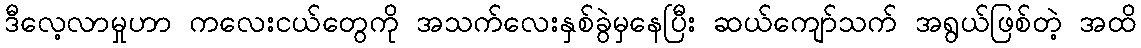
ဒီလေ့လာမှုဟာ ကလေးငယ်တွေကို အသက်လေးနှစ်ခွဲမှနေပြီး ဆယ်ကျော်သက် အရွယ်ဖြစ်တဲ့ အထိ